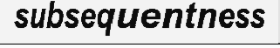
subsequentness